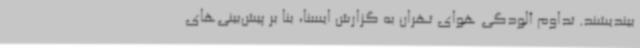
بیندیشند. تداوم آلودگی هوای تهران به گزارش ایسنا، بنا بر پیش‌بینی‌های